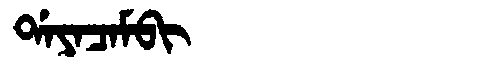
Manchu: ᡩᠠᠶᠠᠴᠠᠮᠪᡳ
Romanization: DAYACAMBI